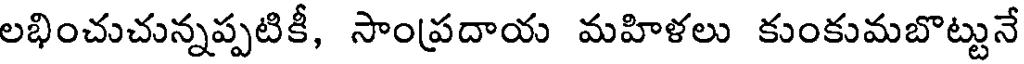
లభించుచున్నప్పటికీ, సాంప్రదాయ మహిళలు కుంకుమబొట్టునే